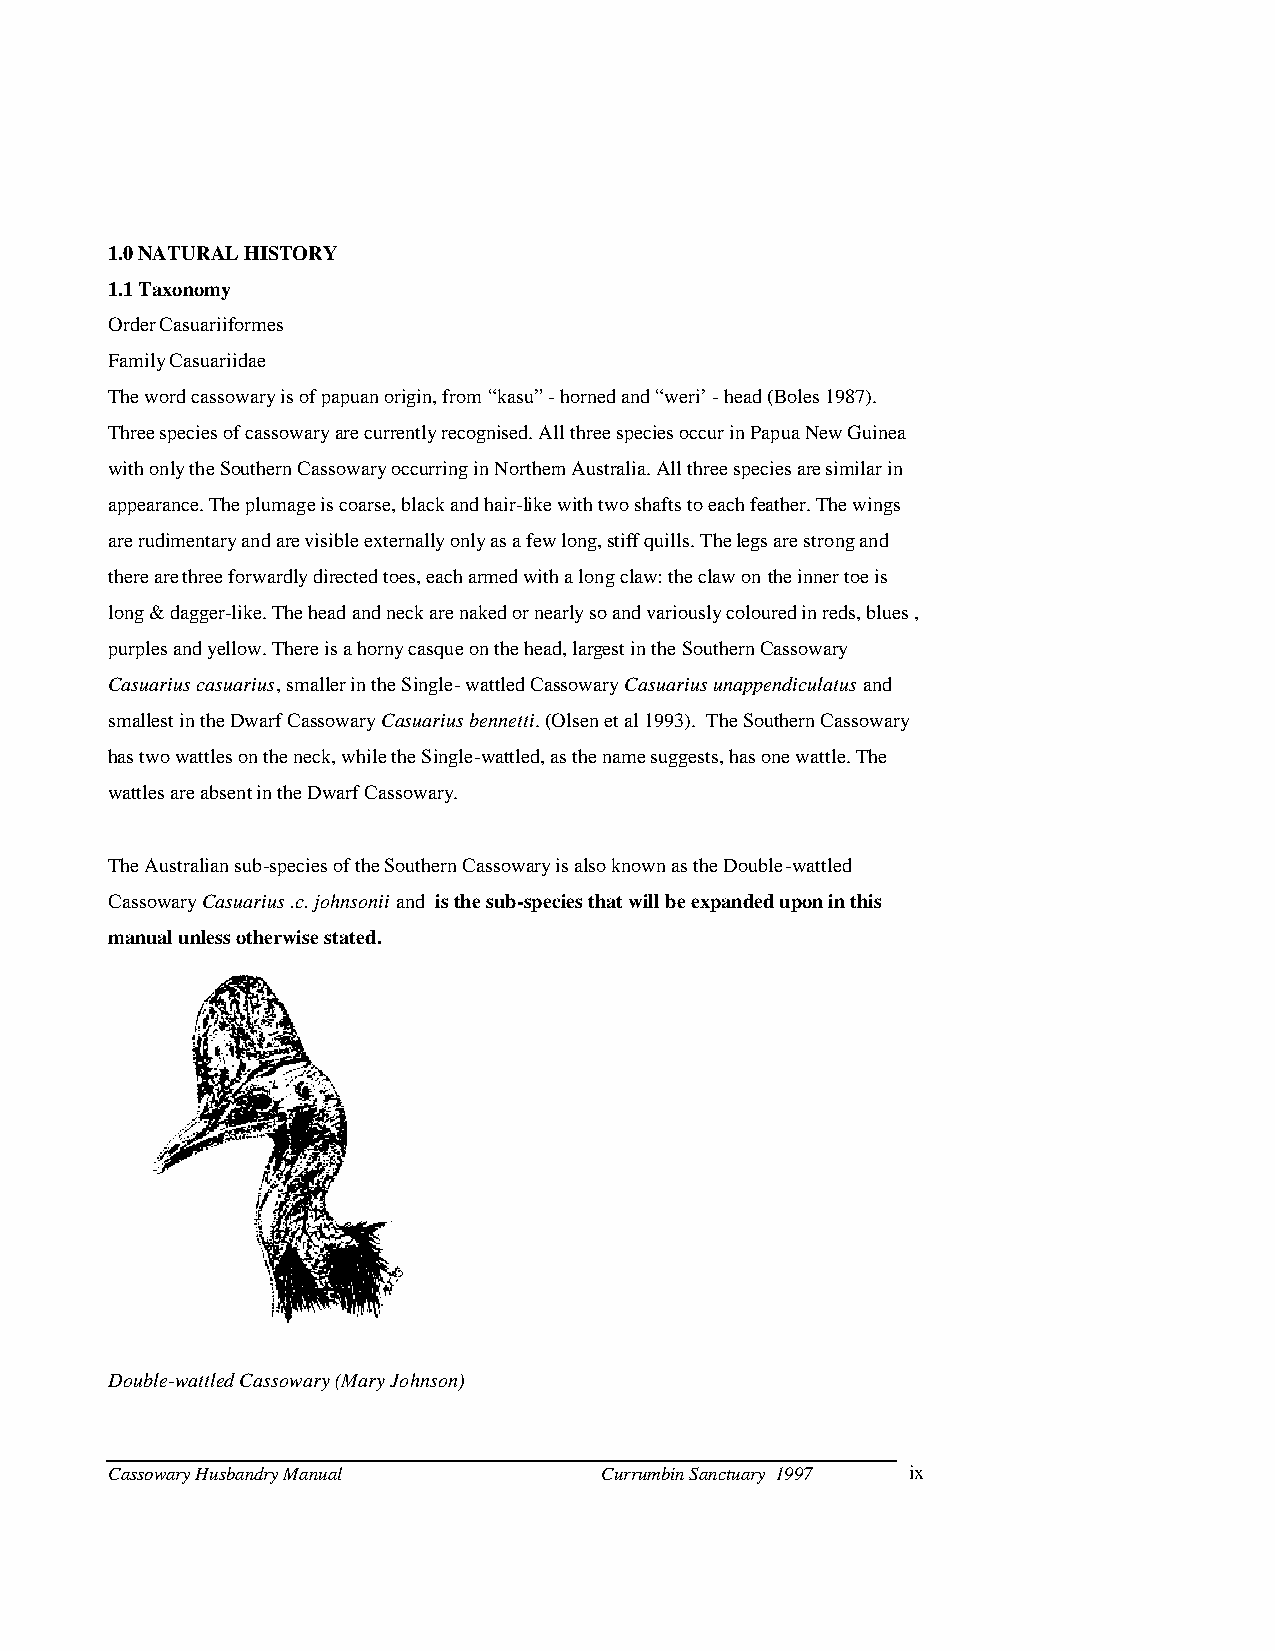
1.0 NATURAL HISTORY
 1.1 Taxonomy
 Order Casuariiformes
 Family Casuariidae
 The word cassowary is of papuan origin, from ”kasu„ - horned and ”weri“ - head (Boles 1987).
 Three species of cassowary are currently recognised. All three species occur in Papua New Guinea
 with only the Southern Cassowary occurring in Northern Australia. All three species are similar in
 appearance. The plumage is coarse, black and hair-like with two shafts to each feather. The wings
 are rudimentary and are visible externally only as a few long, stiff quills. The legs are strong and
 there are three forwardly directed toes, each armed with a long claw: the claw on the inner toe is
 long & dagger-like. The head and neck are naked or nearly so and variously coloured in reds, blues ,
 purples and yellow. There is a horny casque on the head, largest in the Southern Cassowary
 Casuarius casuarius, smaller in the Single- wattled Cassowary Casuarius unappendiculatus and
 smallest in the Dwarf Cassowary Casuarius bennetti. (Olsen et al 1993). The Southern Cassowary
 has two wattles on the neck, while the Single-wattled, as the name suggests, has one wattle. The
 wattles are absent in the Dwarf Cassowary.
 The Australian sub-species of the Southern Cassowary is also known as the Double-wattled
 Cassowary Casuarius .c. johnsonii and is the sub-species that will be expanded upon in this
 manual unless otherwise stated.
 Double-wattled Cassowary (Mary Johnson)
 Cassowary Husbandry Manual       Currumbin Sanctuary 1997 ix